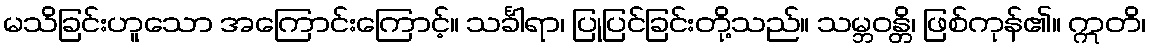
မသိခြင်းဟူသော အကြောင်းကြောင့်။ သင်္ခါရာ၊ ပြုပြင်ခြင်းတို့သည်။ သမ္ဘဝန္တိ၊ ဖြစ်ကုန်၏။ ဣတိ၊